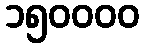
၁၅၀၀၀၀